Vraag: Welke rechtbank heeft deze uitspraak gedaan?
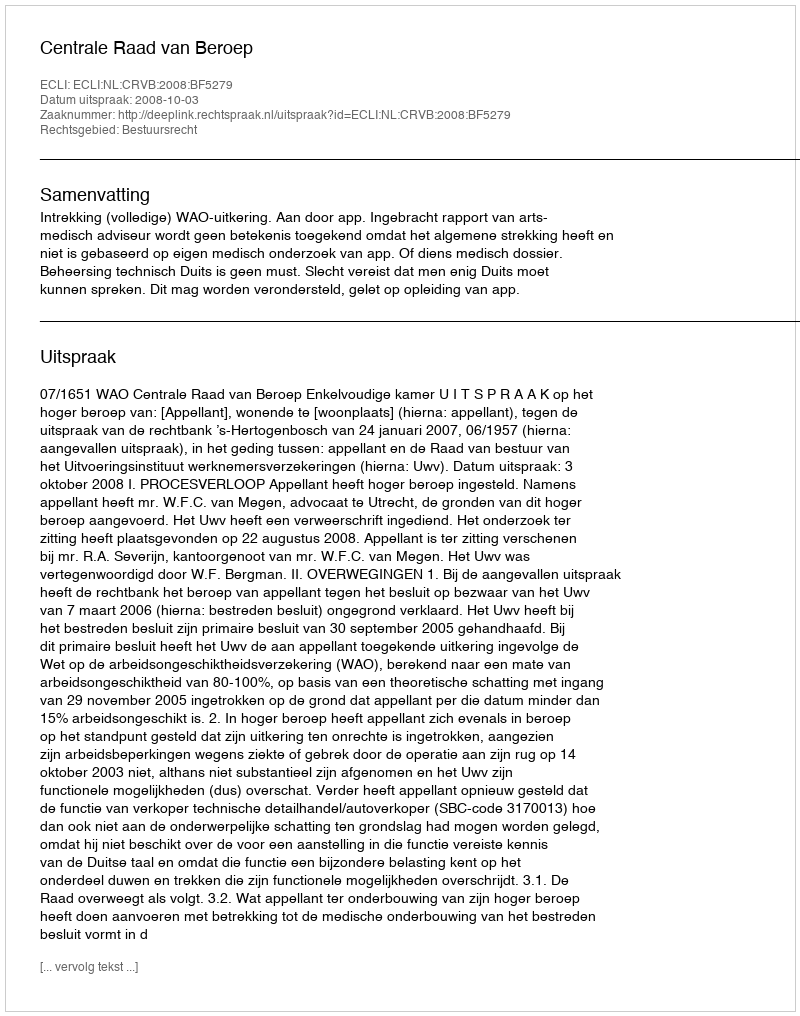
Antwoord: Centrale Raad van Beroep